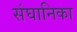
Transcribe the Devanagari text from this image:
संघानिका